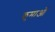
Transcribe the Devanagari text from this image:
कुमाओं